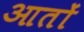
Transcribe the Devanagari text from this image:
आतों